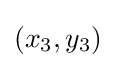
(x_{3},y_{3})